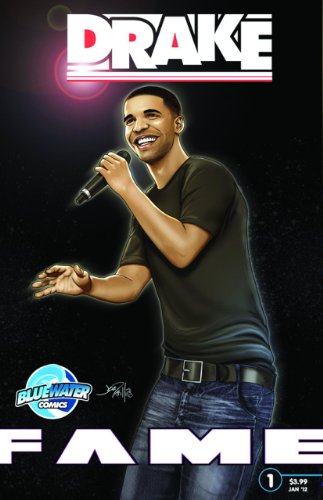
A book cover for FAME: Drake; CW Cooke; Children's Books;